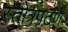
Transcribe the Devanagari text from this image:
स्तोत्रपठण